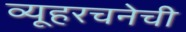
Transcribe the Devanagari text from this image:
व्यूहरचनेची